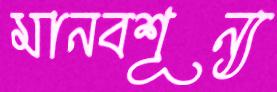
মানবশূন্য